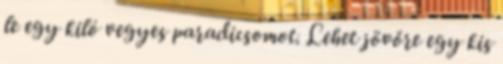
le egy kiló vegyes paradicsomot. Lehet jövőre egy kis